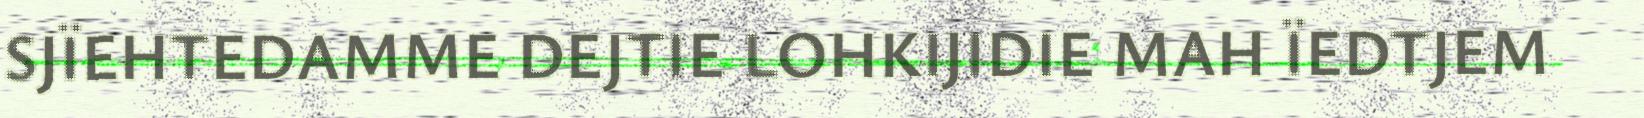
SJÏEHTEDAMME DEJTIE LOHKIJIDIE MAH ÏEDTJEM